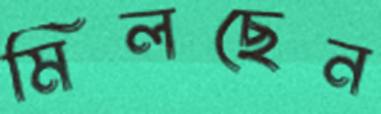
মিলছেন